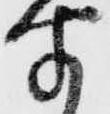
聞